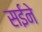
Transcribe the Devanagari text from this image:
सईने